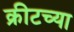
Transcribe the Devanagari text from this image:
क्रीटच्या